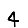
Digit: 4